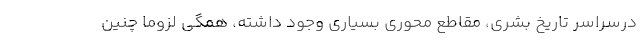
درسراسر تاریخ بشری، مقاطع محوری بسیاری وجود داشته، همگی لزوماً چنین